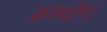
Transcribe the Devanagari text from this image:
क्राथोंग